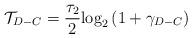
LaTeX: \begin{align*}{{\mathcal T}_{D - C}} = \frac{{\tau_2 }}{2}{\log _2}\left( {1 + {\gamma _{D - C}}} \right)\end{align*}